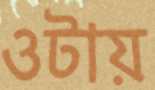
ওটায়